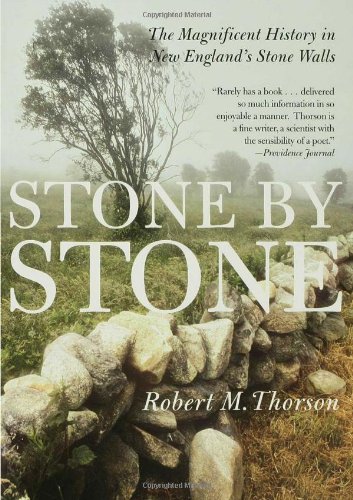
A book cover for Stone by Stone: The Magnificent History in New England's Stone Walls; Robert Thorson; Science & Math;